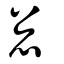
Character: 怱